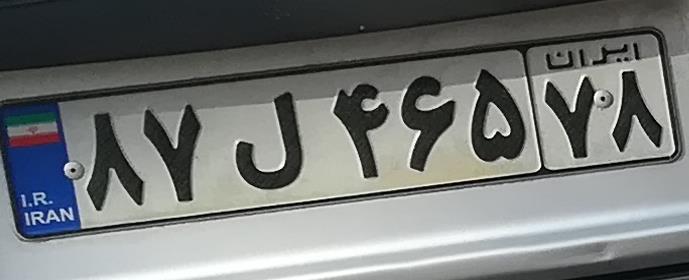
۸۷ل۴۶۵۷۸